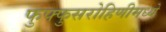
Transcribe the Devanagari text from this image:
फुफ्फुसरोहिणीमध्ये